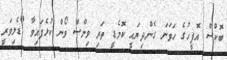
ބޮކްސް އޮފީހުގެ ހަވަނަ ގެންދިޔައީ ކޮމެޑީ ތަރި ވިންސް ވޯން ކުޅެފައިވާ "ޑެލިވަރީ